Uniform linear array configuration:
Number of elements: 4
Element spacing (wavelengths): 0.5
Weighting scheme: kaiser
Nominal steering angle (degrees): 0
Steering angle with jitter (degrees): -0.2579
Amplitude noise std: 0.05
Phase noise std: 0.05

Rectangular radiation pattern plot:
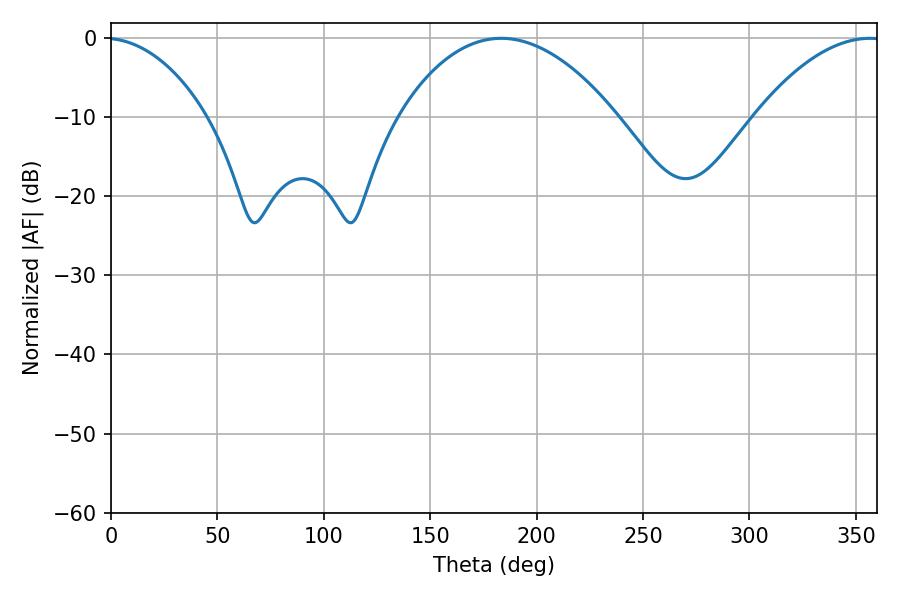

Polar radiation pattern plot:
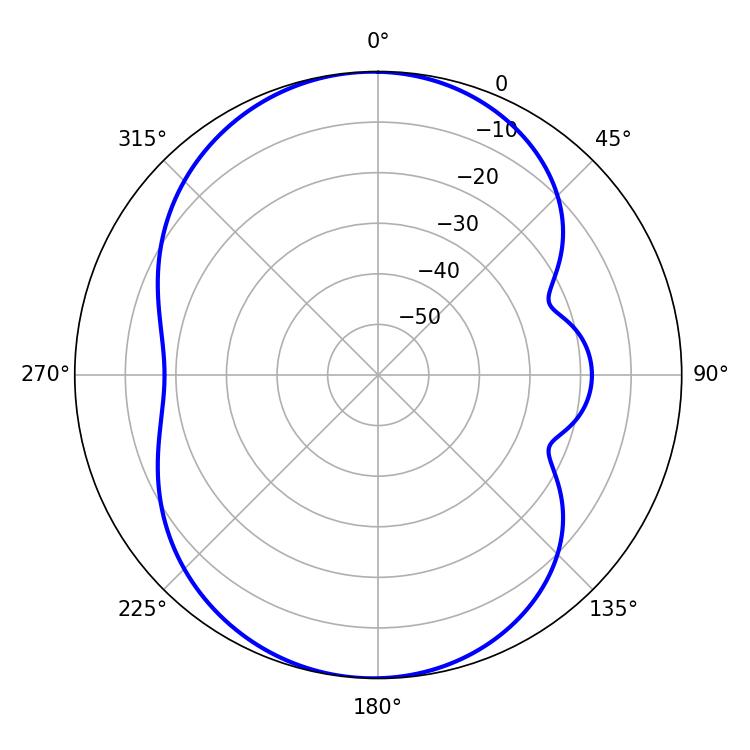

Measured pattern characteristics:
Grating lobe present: FALSE
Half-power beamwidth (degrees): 56.88
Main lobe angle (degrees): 183.42